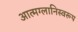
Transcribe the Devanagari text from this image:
आत्मग्लानिस्वरूप